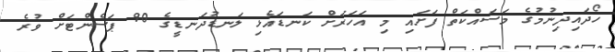
ހޯދައިދިނުމުގެ މަސައްކަތް ފަށައި މި އަހަރަށް ކަނޑައެޅި ލަނޑުދަނޑީގެ 90 ޕަސެންޓަށް ވުރެ